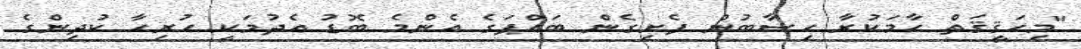
"މިހަޤީޤަތް ހާމަކުރާ ހިސާބުން ފެށިގެން ބައްޕަގެ އެންމެ ބޮޑު އެދުމަކީ ހުރިހާ ކުދިންގެ